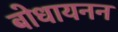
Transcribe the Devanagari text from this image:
बोधायनन